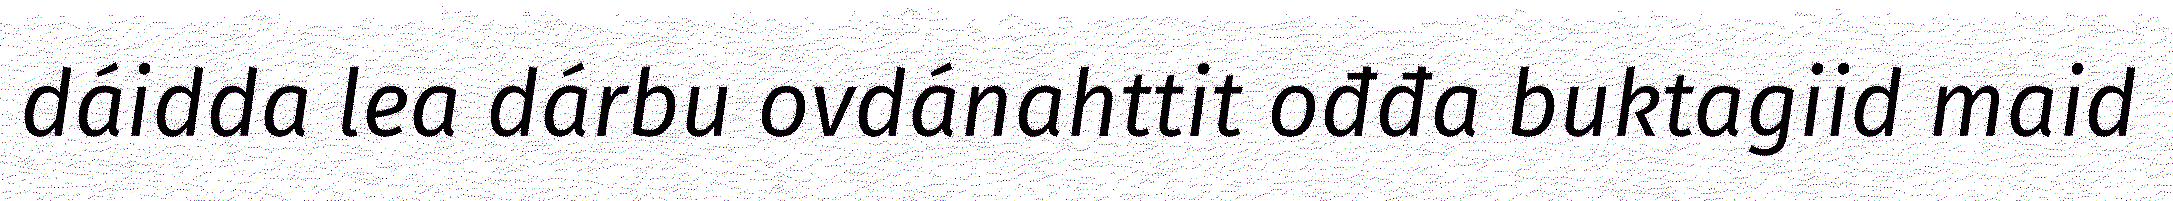
dáidda lea dárbu ovdánahttit ođđa buktagiid maid